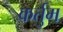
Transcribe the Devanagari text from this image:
कर्तुम